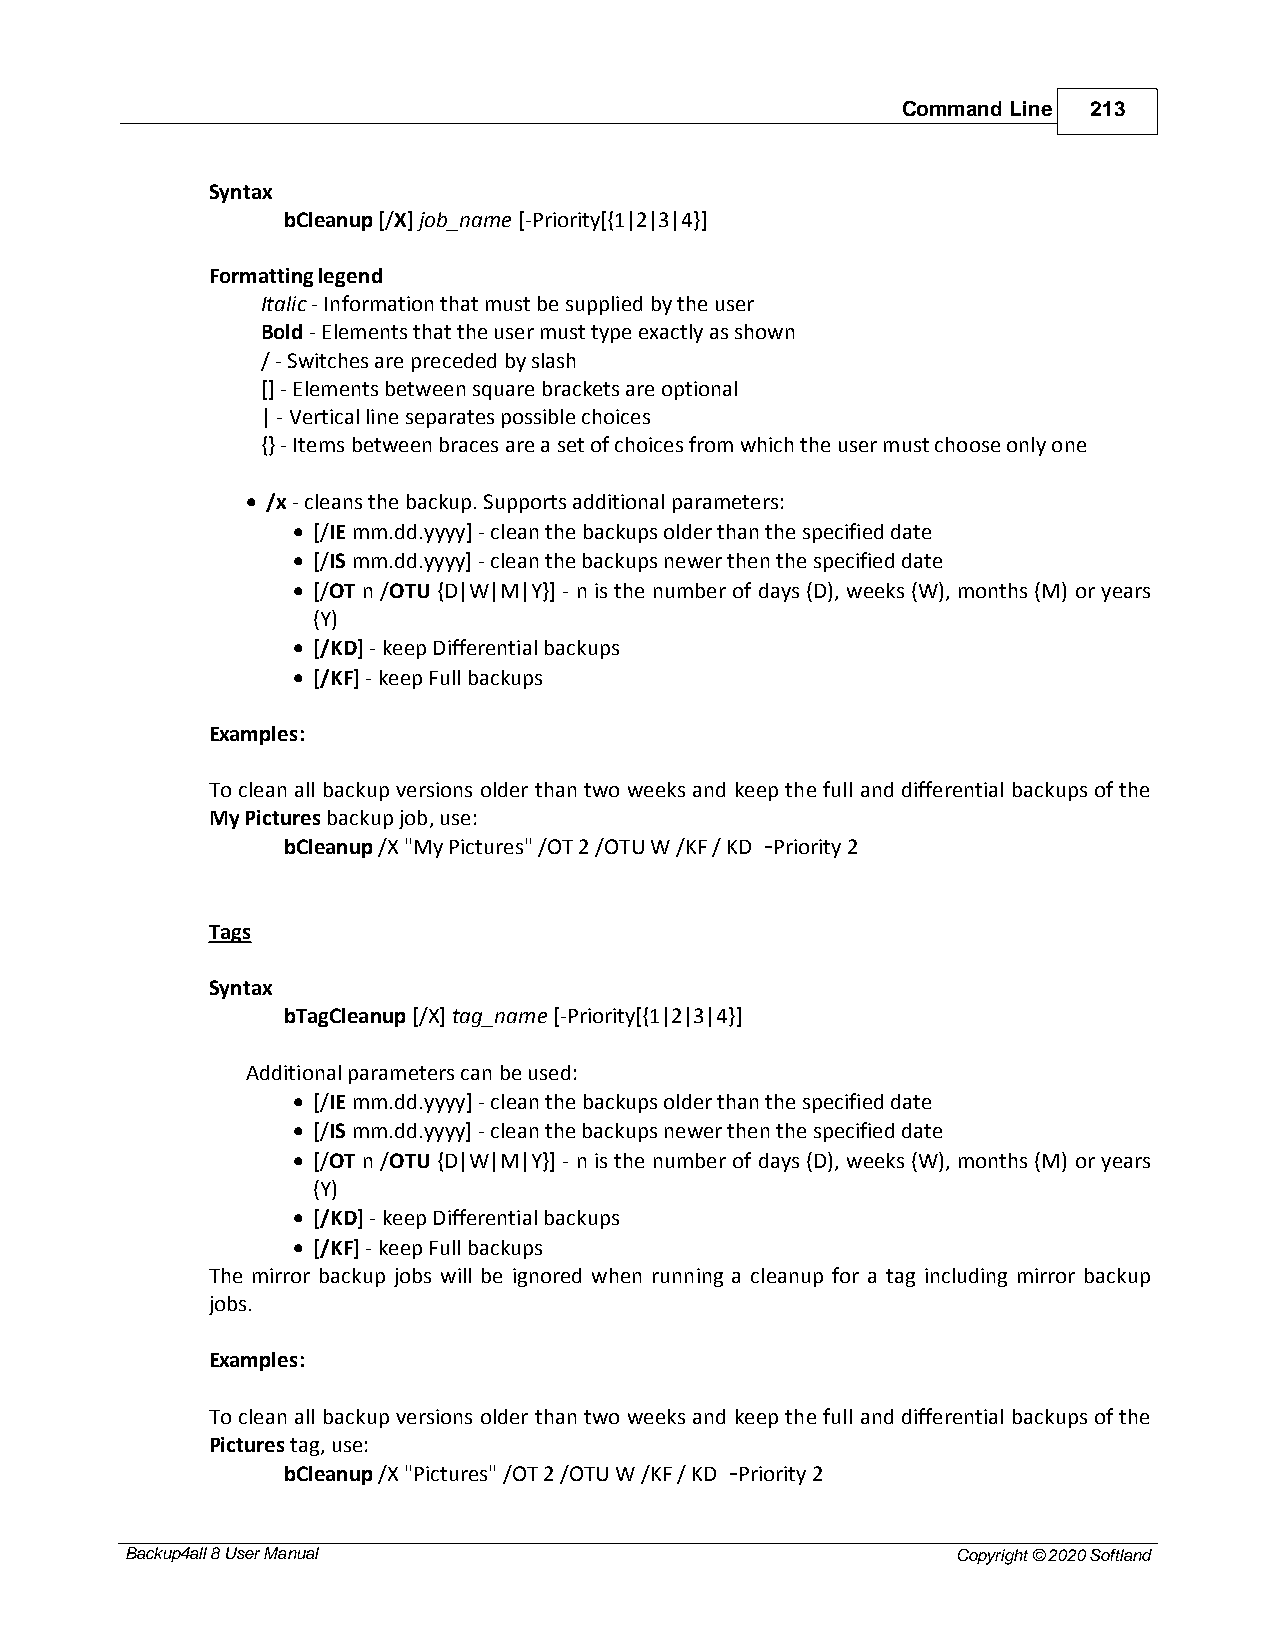
Command Line 213
 Syntax
 bCleanup [/X] job_name [-Priority[{1|2|3|4}]
 Formatting legend
 Italic - Information that must be supplied by the user
 Bold - Elements that the user must type exactly as shown
 / - Switches are preceded by slash
 [] - Elements between square brackets are optional
 | - Vertical line separates possible choices
 {} - Items between braces are a set of choices from which the user must choose only one
 · /x - cleans the backup. Supports additional parameters:
 · [/IE mm.dd.yyyy] - clean the backups older than the specified date
 · [/IS mm.dd.yyyy] - clean the backups newer then the specified date
 · [/OT n /OTU {D|W|M|Y}] - n is the number of days (D), weeks (W), months (M) or years
 (Y)
 · [/KD] - keep Differential backups
 · [/KF] - keep Full backups
 Examples:
 To clean all backup versions older than two weeks and keep the full and differential backups of the
 My Pictures backup job, use:
 bCleanup /X "My Pictures" /OT 2 /OTU W /KF / KD -Priority 2
 Tags
 Syntax
 bTagCleanup [/X] tag_name [-Priority[{1|2|3|4}]
 Additional parameters can be used:
 · [/IE mm.dd.yyyy] - clean the backups older than the specified date
 · [/IS mm.dd.yyyy] - clean the backups newer then the specified date
 · [/OT n /OTU {D|W|M|Y}] - n is the number of days (D), weeks (W), months (M) or years
 (Y)
 · [/KD] - keep Differential backups
 · [/KF] - keep Full backups
 The mirror backup jobs will be ignored when running a cleanup for a tag including mirror backup
 jobs.
 Examples:
 To clean all backup versions older than two weeks and keep the full and differential backups of the
 Pictures tag, use:
 bCleanup /X "Pictures" /OT 2 /OTU W /KF / KD -Priority 2
 Backup4all 8 User Manual                               Copyright © 2020 Softland